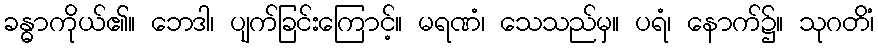
ခန္ဓာကိုယ်၏။ ဘေဒါ၊ ပျက်ခြင်းကြောင့်။ မရဏံ၊ သေသည်မှ။ ပရံ၊ နောက်၌။ သုဂတိံ၊